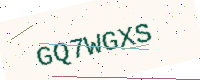
Text: GQ7WGXS